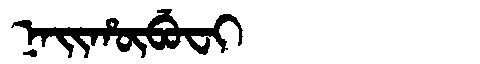
Manchu: ᠨᠠᡳᡥᡡᠪᡠᠸᡳ
Romanization: NAIHŪBUFI